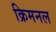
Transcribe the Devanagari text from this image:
क्रिमनल